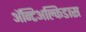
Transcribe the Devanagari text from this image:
अॅन्टिअल्किडास